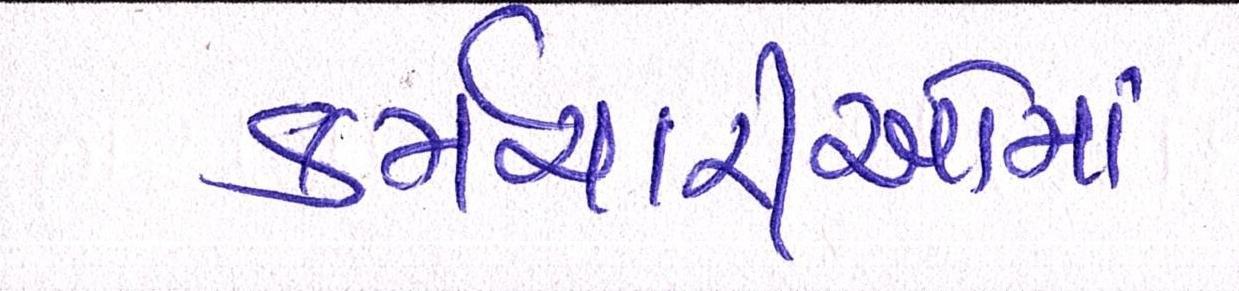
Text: કર્મચારીઓમાં